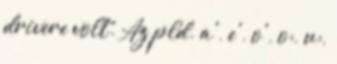
drivere volt. Az pld. a', e', o', o:, u:,